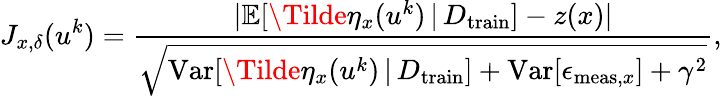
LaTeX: J_{x,\delta}(u^{k})=\frac{\lvert\mathbb{E}[\Tilde{\eta}_{x}(u^{k})\, \vert\, D_{\mathrm{train}}]-z(x)\rvert}{\sqrt{\mathrm{Var}[\Tilde{\eta}_{x}(u^{k})\, \vert\, D_{\mathrm{train}}]+\mathrm{Var}[\epsilon_{\mathrm{meas},x}]+\gamma^{2}}},